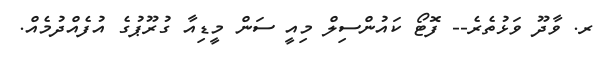
ރ. ވާދޫ ވަޅުތެރެ-- ފޮޓޯ ކައުންސިލް މިއީ ސަން މީޑިއާ ގުރޫޕުގެ އުފެއްދުމެއް.